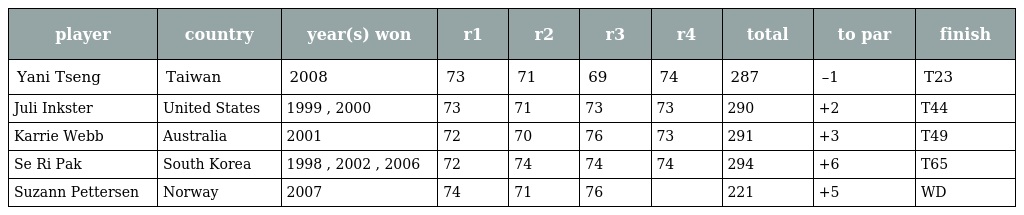
| player | country | year(s) won | r1 | r2 | r3 | r4 | total | to par | finish |
 | --- | --- | --- | --- | --- | --- | --- | --- | --- | --- |
 | Yani Tseng | Taiwan | 2008 | 73 | 71 | 69 | 74 | 287 | –1 | T23 |
 | Juli Inkster | United States | 1999 , 2000 | 73 | 71 | 73 | 73 | 290 | +2 | T44 |
 | Karrie Webb | Australia | 2001 | 72 | 70 | 76 | 73 | 291 | +3 | T49 |
 | Se Ri Pak | South Korea | 1998 , 2002 , 2006 | 72 | 74 | 74 | 74 | 294 | +6 | T65 |
 | Suzann Pettersen | Norway | 2007 | 74 | 71 | 76 |  | 221 | +5 | WD |